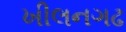
ખીલનગઢ